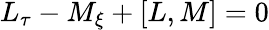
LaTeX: \begin{array}{r}{L_{\tau}-M_{\xi}+[L,M]=0}\end{array}